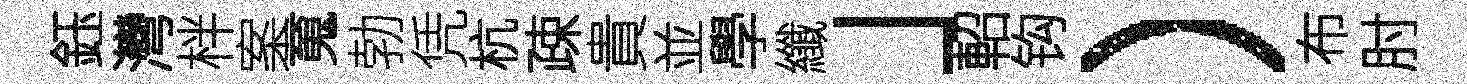
鈺灣柈案䰟勃凭杭疎貴並學纖」軺钩）布肘